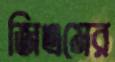
জিএমের